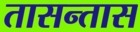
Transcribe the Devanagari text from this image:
तासन्तास